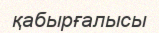
қабырғалысы